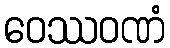
ဝေဿဝဏံ